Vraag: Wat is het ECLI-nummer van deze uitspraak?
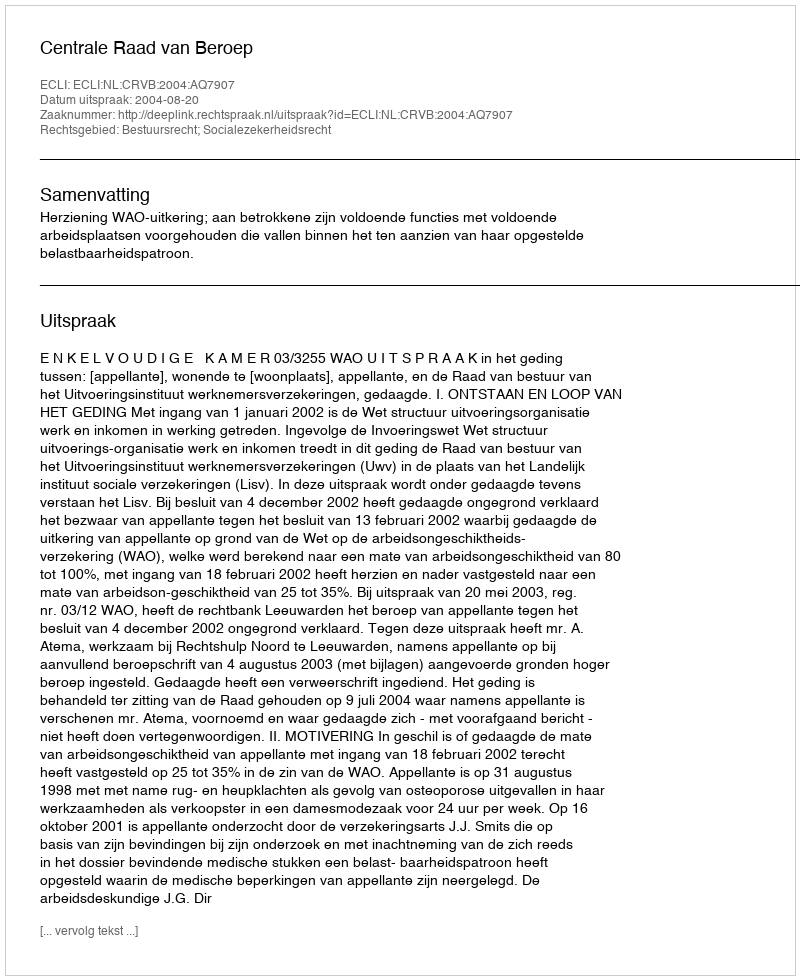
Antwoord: ECLI:NL:CRVB:2004:AQ7907